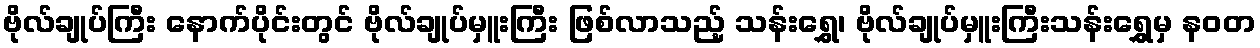
ဗိုလ်ချုပ်ကြီး နောက်ပိုင်းတွင် ဗိုလ်ချုပ်မှူးကြီး ဖြစ်လာသည့် သန်းရွှေ၊ ဗိုလ်ချုပ်မှူးကြီးသန်းရွှေမှ နဝတ